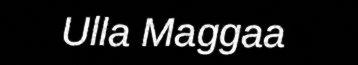
Ulla Maggaa